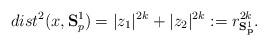
LaTeX: \begin{align*}dist^{2}(x,\mathbf{S}_{p}^{1})=|z_{1}|^{2k}+|z_{2}|^{2k}:=r_{\mathbf{S}_{\mathbf{p}}^{1}}^{2k}.\end{align*}